King Institute of Preventive Medicine Bacteriolog. Section reports 1907-08
Year: 1907
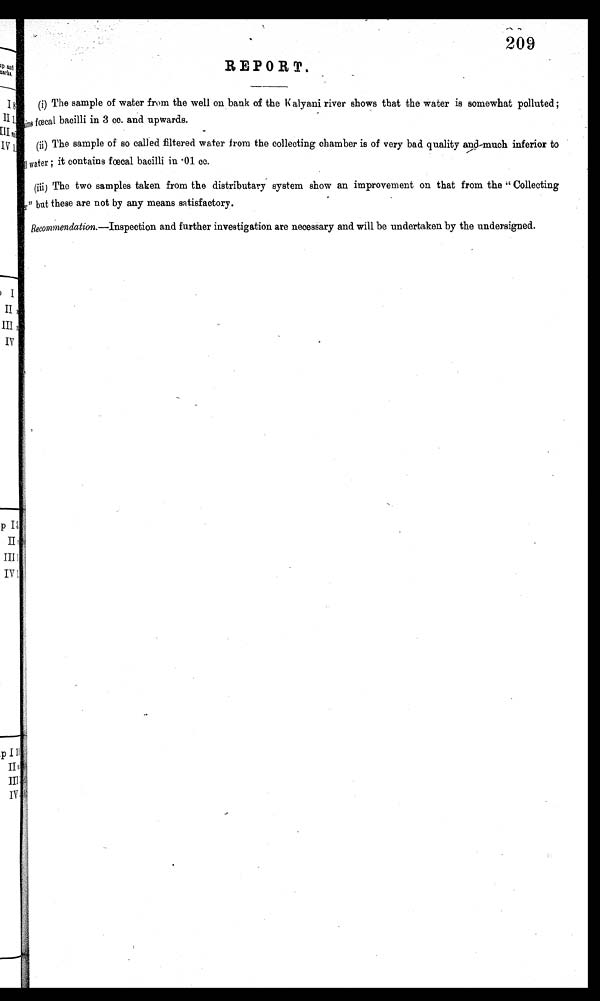
209
REPORT.
(i) The sample of water from the well on bank of the Kalyani river shows that the water is somewhat polluted;
one fcecal bacilli in 3 cc. and upwards.
(ii) The sample of so called filtered water from the collecting chamber is of very bad quality and-much inferior to
11 water it contains fœcal bacilli in • 01 cc.
(iii) The two samples taken from the distributary system show an improvement on that from the Collecting
." but these are not by any means satisfactory.
Recommendation.—Inspection and further investigation are necessary and will be undertaken by the undersigned.